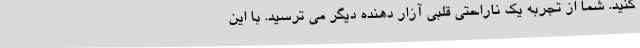
کنید. شما از تجربه یک ناراحتی قلبی آزار دهنده دیگر می ترسید. با این